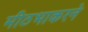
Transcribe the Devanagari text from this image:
मीठभाकरने